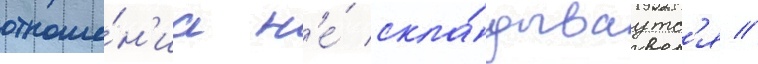
отноше́н'иа н'е́ скла́дываутс'я //